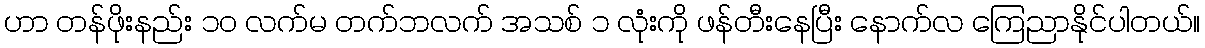
ဟာ တန်ဖိုးနည်း ၁၀ လက်မ တက်ဘလက် အသစ် ၁ လုံးကို ဖန်တီးနေပြီး နောက်လ ကြေညာနိုင်ပါတယ်။